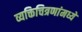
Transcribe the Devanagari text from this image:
व्यक्तिचित्रणांमध्ये